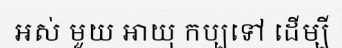
អស់ មួយ អាយុ កប្បទៅ ដើម្បី